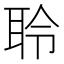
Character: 聆